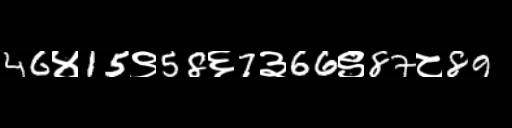
Text: 46४15९58६7३66९87८89